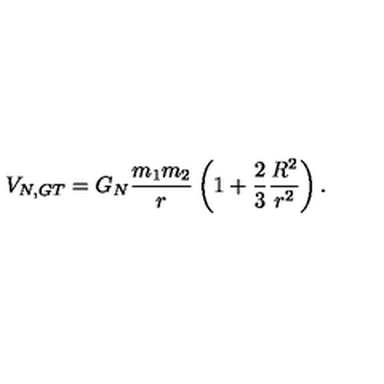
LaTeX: V _ { N , G T } = G _ { N } \frac { m _ { 1 } m _ { 2 } } { r } \left( 1 + \frac { 2 } { 3 } \frac { R ^ { 2 } } { r ^ { 2 } } \right) .